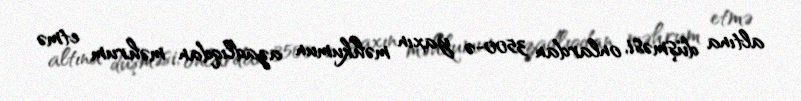
altına düşməsi, onlardan 3500-ə yaxın məhkumun azadlıqdan məhrum etmə